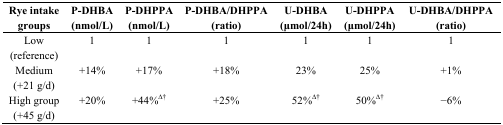
| Rye intake groups | P-DHBA (nmol/L) | P-DHPPA (nmol/L) | P-DHBA/DHPPA (ratio) | U-DHBA (μmol/24h) | U-DHPPA (μmol/24h) | U-DHBA/DHPPA (ratio) |
 | --- | --- | --- | --- | --- | --- | --- |
 | Low (reference) | 1 | 1 | 1 | 1 | 1 | 1 |
 | Medium (+21 g/d) | +14% | +17% | +18% | 23% | 25% | +1% |
 | High group (+45 g/d) | +20% | +44%∆† | +25% | 52%∆† | 50%∆† | −6% |